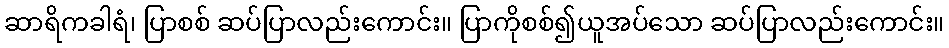
ဆာရိကခါရံ၊ ပြာစစ် ဆပ်ပြာလည်းကောင်း။ ပြာကိုစစ်၍ယူအပ်သော ဆပ်ပြာလည်းကောင်း။